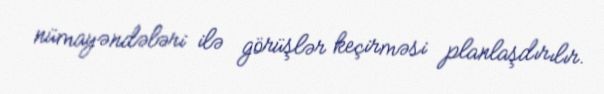
nümayəndələri ilə görüşlər keçirməsi planlaşdırılır.